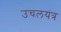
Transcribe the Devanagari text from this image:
उचलयंत्र